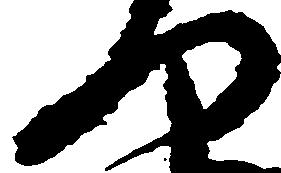
門